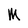
Character: M